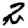
Digit: 2